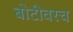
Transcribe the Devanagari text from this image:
बोटीवरच